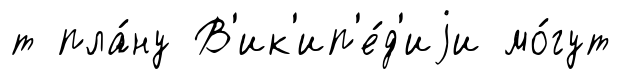
т пла́ну В'ик'ип'е́д'иjи мо́гут